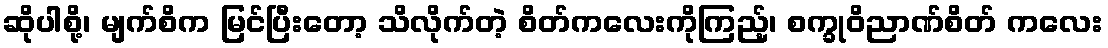
ဆိုပါစို့၊ မျက်စိက မြင်ပြီးတော့ သိလိုက်တဲ့ စိတ်ကလေးကိုကြည့်၊ စက္ခုဝိညာဏ်စိတ် ကလေး